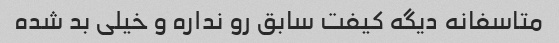
متاسفانه دیگه کیفت سابق رو نداره و خیلی بد شده